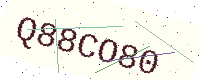
Text: Q88CO80